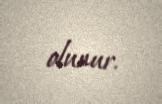
olunur.